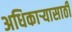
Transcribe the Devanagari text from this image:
अधिकाऱ्यासाठी